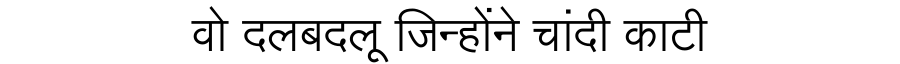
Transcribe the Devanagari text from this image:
वो दलबदलू जिन्होंने चांदी काटी